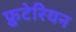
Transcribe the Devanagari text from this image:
फ्रुटेरियन